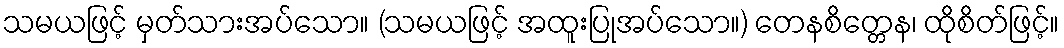
သမယဖြင့် မှတ်သားအပ်သော။ (သမယဖြင့် အထူးပြုအပ်သော။) တေနစိတ္တေန၊ ထိုစိတ်ဖြင့်။